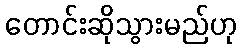
တောင်းဆိုသွားမည်ဟု